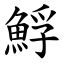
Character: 䱐